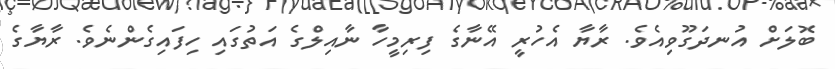
ބޮލަށް އުނދަގޫވިއެވެ. ރާޔާ އެހުރީ އޭނާގެ ފިރިމީހާ ނާއިލްގެ އަތުގައި ހިފައިގެންނެވެ. ރާޔާގެ